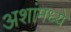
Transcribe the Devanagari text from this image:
अशांमध्ये